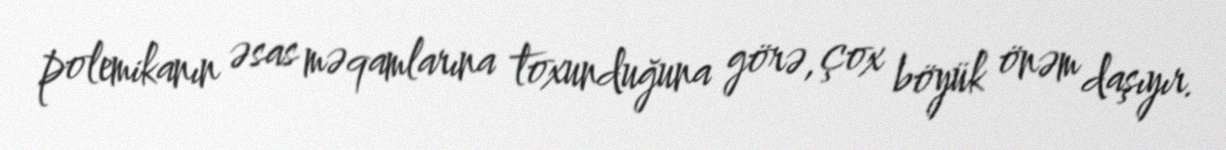
polemikanın əsas məqamlarına toxunduğuna görə, çox böyük önəm daşıyır.